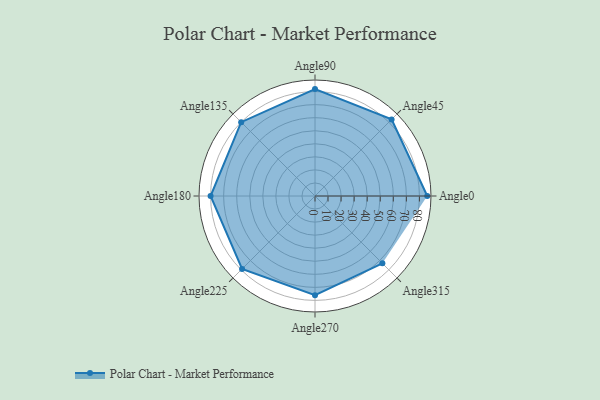
{"axis": {"x": "Angle", "y": "Radius"}, "legend": [""], "data": [{"x": "Angle0", "y": 86.0, "type": ""}, {"x": "Angle45", "y": 83.0, "type": ""}, {"x": "Angle90", "y": 82.0, "type": ""}, {"x": "Angle135", "y": 80.0, "type": ""}, {"x": "Angle180", "y": 80.0, "type": ""}, {"x": "Angle225", "y": 79.0, "type": ""}, {"x": "Angle270", "y": 76.0, "type": ""}, {"x": "Angle315", "y": 73.0, "type": ""}]}